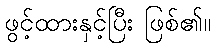
ဖွင့်ထားနှင့်ပြီး ဖြစ်၏။